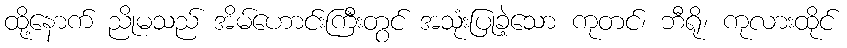
ထို့နောက် ညိုမသည် အိမ်ဟောင်းကြီးတွင် အသုံးပြုခဲ့သော ကုတင်၊ ဘီရို၊ ကုလားထိုင်